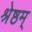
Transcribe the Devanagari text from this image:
श्रेष्ठम्